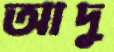
আদু